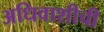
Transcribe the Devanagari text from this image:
अधिवाशीची